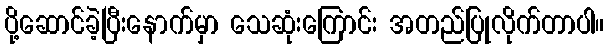
ပို့ဆောင်ခဲ့ပြီးနောက်မှာ သေဆုံးကြောင်း အတည်ပြုလိုက်တာပါ။